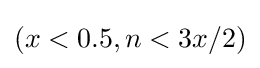
(x<0.5,n<3x/2)